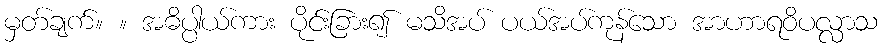
မှတ်ချက်။ ။ အဓိပ္ပါယ်ကား ပိုင်းခြား၍ မသိအပ် ပယ်အပ်ကုန်သော အာဟာရဝိပလ္လာသ